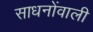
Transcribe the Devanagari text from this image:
साधनोंवाली